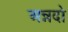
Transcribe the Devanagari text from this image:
अन्नदो